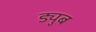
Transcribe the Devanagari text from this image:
ड्युब